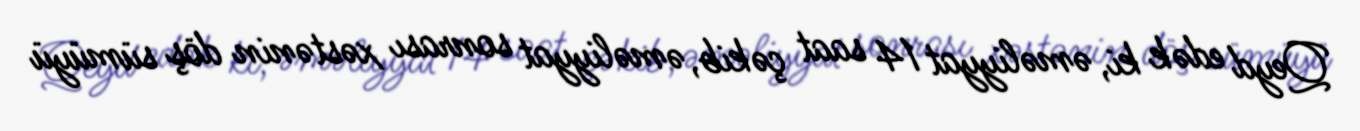
Qeyd edək ki, əməliyyat 14 saat çəkib, əməliyyat sonrası xəstənin döş sümüyü